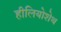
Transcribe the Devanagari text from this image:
हीलियोशेथ